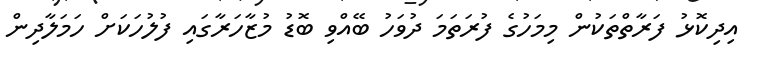
އިދިކޮޅު ފަރާތްތަކުން މިމަހުގެ ފުރަތަމަ ދުވަހު ބޭއްވި ބޮޑު މުޒާހަރާގައި ފުލުހަކަށް ހަމަލާދިން